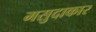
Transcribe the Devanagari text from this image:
मसुदाकार